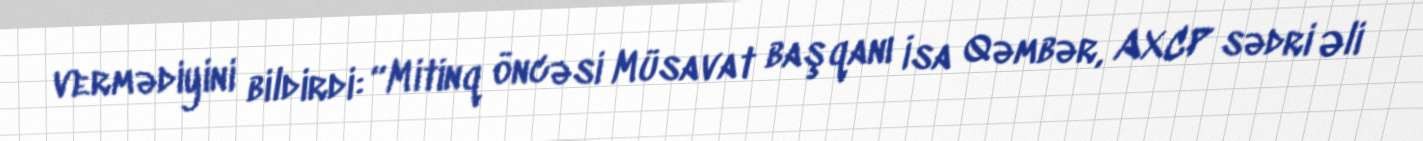
vermədiyini bildirdi: “Mitinq öncəsi Müsavat başqanı İsa Qəmbər, AXCP sədri Əli